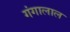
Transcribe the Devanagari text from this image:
गंगालाल